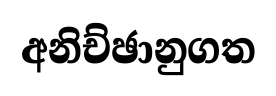
අනිච්ඡානුගත